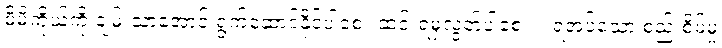
မိမိကိုယ်ကို ချမ်းသာအောင် ရွက်ဆောင်နိုင်ပါစေ။ ဆင်းရဲမှလွတ်ပါစေ။ ။ ရအပ်သော စည်းစိမ်မှု